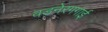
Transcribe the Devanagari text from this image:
वडनेरगगाई